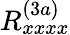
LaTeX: R_{xxxx}^{(3a)}